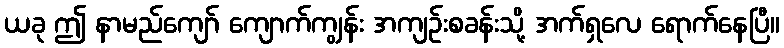
ယခု ဤ နာမည်ကျော် ကျောက်ကျွန်း အကျဉ်းစခန်းသို့ အက်ရှလေ ရောက်နေပြီ။